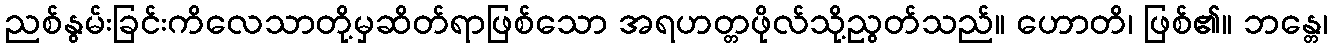
ညစ်နွမ်းခြင်းကိလေသာတို့မှဆိတ်ရာဖြစ်သော အရဟတ္တဖိုလ်သို့ညွတ်သည်။ ဟောတိ၊ ဖြစ်၏။ ဘန္တေ၊